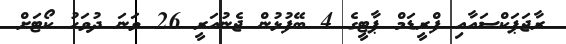
ރާޖަޕަކްސައާއި ފްރީޑަމް ޕާޓީގެ 4 ބޭފުޅުން ޖެނުއަރީ 26 ވަނަ ދުވަހު ކޯޓަށް